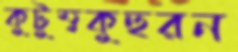
কুটুম্বকুহুরন